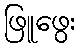
ဖြူဖွေး